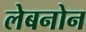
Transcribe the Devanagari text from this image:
लेबनोन